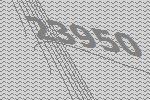
23950